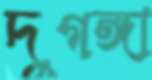
দুগঙ্গা